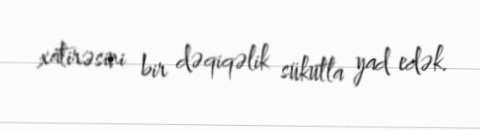
xatirəsini bir dəqiqəlik sükutla yad edək.